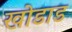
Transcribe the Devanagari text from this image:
खोडाड